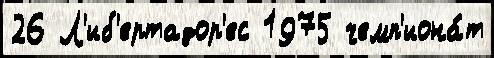
26 Л'иб'ертадор'ес 1975 чемп'иона́т